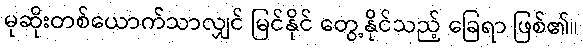
မုဆိုးတစ်ယောက်သာလျှင် မြင်နိုင် တွေ့နိုင်သည့် ခြေရာ ဖြစ်၏။